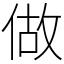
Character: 做